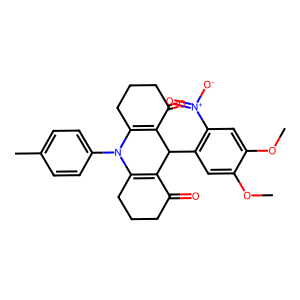
SMILES: COc1cc(C2C3=C(CCCC3=O)N(c3ccc(C)cc3)C3=C2C(=O)CCC3)c([N+](=O)[O-])cc1OC
Inhibits HIV replication: No